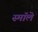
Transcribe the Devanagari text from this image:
स्मॉले